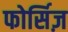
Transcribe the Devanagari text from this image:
फोर्सिज़